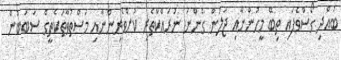
ބުއްދި ގޯސްވެފައި ތިބޭ މީހުންނާއި ޖަލުން ގެންނަ ނުރައްކާތެރި ކުށްވެރިންނާއި މަސްތުވާތަކެތީގެ ސަބަބުން